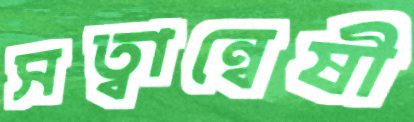
সত্বান্বেষী